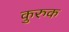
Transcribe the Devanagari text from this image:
कुरुक